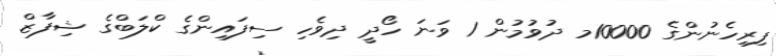
ފިރިހެނުންގެ 10000މ ދުވުމުން 1 ވަނަ ހޯދީ ދިވެހި ސިފައިންގެ ކްލަބްގެ ޝިފާޒް